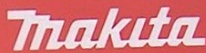
makita